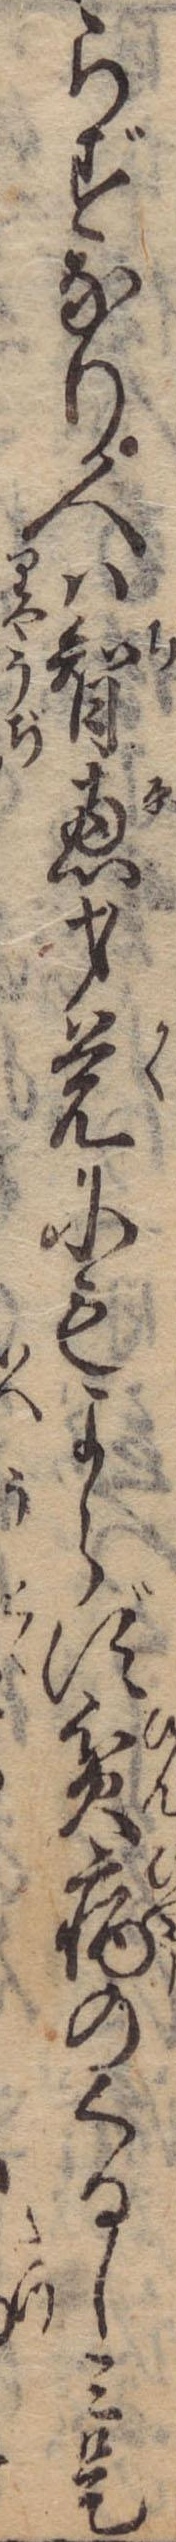
らずなり人は智恵才覚にもよらず貧病のくるしみ是